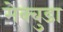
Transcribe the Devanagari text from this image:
मेक्बुडा